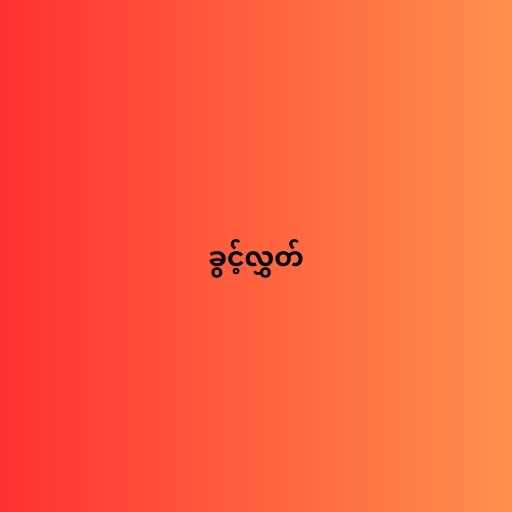
ခွင့်လွှတ်